Report on the lunatic asylums under the Government of Bombay - 1904-1913
Year: 1904
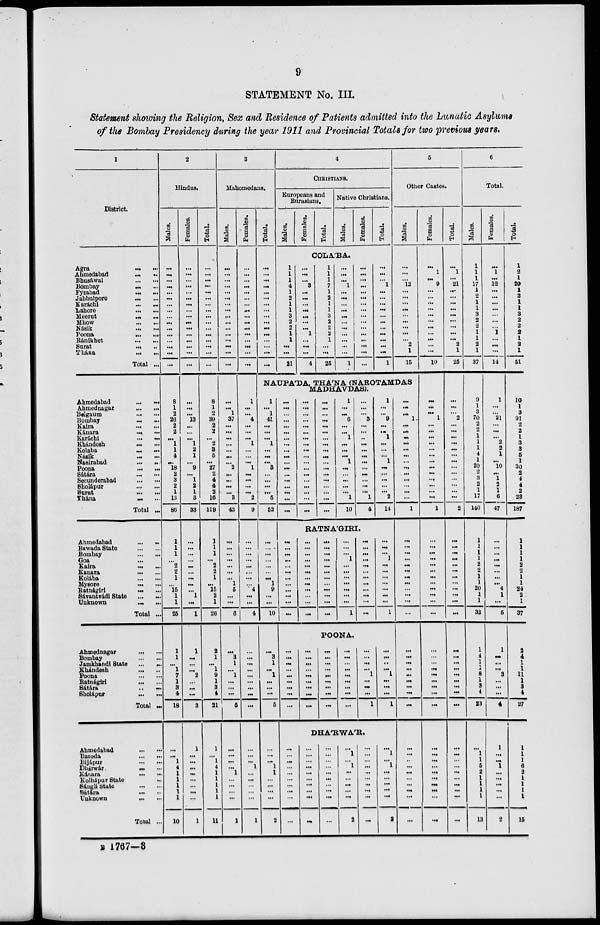
9
STATEMENT No. III.
Statement showing the Religion, Sex and Residence of Patients admitted into the Lunatic Asylums
of the Bombay Presidency during the year 1911 and Provincial Totals for two previous years.
1
District.
Agra
...
...
Ahmedabad
...
...
Bhusáwal ... ...
Bombay ... ...
Fyzabad ... ...
Jabbulpore ... ...
Karáchi ... ...
Lahore ... ...
Meerut
...
...
Mhow
...
...
Násik
...
...
Poona
...
...
Ránikhet
...
...
Surat
...
...
Thána
...
...
Total ...
Ahmedabad ... ...
Ahmednagar ... ...
Belgaum
...
...
Bombay
...
...
Kaira
...
...
Kánara ... ...
Karáchi ... ...
Khándesh ... ...
Kolaba ... ...
Násik
...
...
Nasirabad
...
...
Poona
...
...
Sátára
...
...
Secunderabad
...
...
Sholápur
...
...
Surat
...
...
Thána
...
...
Total ...
Ahmedabad ... ...
Bawada State
...
...
Bombay ... ...
Goa ... ...
Kaira
...
...
Kanara
...
...
Kolába
...
...
Mysore ... ...
Ratnágiri ... ...
Sávantvádi State
...
...
Unknown ... ...
Total ...
Ahmednagar ... ...
Bombay
...
...
Jamkhandi State ... ...
Khándesh ... ...
Poona
...
...
Ratnágiri
...
...
Sátára
...
...
Sholápur ... ...
Total ...
Ahmedabad
...
...
Baroda
...
...
Bijápur
...
...
Dhárwár
...
...
Kánara
...
...
Kolhápur State ... ...
Sángli State
...
...
Sátára ... ...
Unknown
...
...
Total ...
2
Hindus.
Males.
...
...
...
...
...
...
...
...
...
...
...
...
...
...
...
...
8
1
2
26
2
2
...
1
1
4
...
18
2
3
2
1
13
86
1
1
1
...
2
2
1
...
15
1
1
25
1
1
...
1
7
1
3
4
18
...
...
1
4
1
1
1
1
1
10
Females.
...
...
...
...
...
...
...
...
...
...
...
...
...
...
...
...
...
...
...
13
...
...
...
1
2
1
...
9
...
1
2
1
3
33
...
...
...
...
...
...
...
...
...
1
...
1
1
...
...
...
2
...
...
...
3
1
...
...
...
...
...
...
...
...
1
Total.
...
...
...
...
...
...
...
...
...
...
...
...
...
...
...
...
8
1
2
39
2
2
...
2
3
5
...
27
2
4
4
2
16
119
1
1
1
...
2
2
1
...
15
2
1
26
2
1
...
1
9
1
3
4
21
1
...
1
4
1
1
1
1
1
11
3
Mahomedans.
Males.
...
...
...
...
...
...
...
...
...
...
...
...
...
...
...
...
...
...
1
37
...
...
...
...
...
...
...
2
...
...
...
...
3
43
...
...
...
...
...
...
...
1
5
...
...
6
...
3
1
...
1
...
...
...
5
...
...
...
...
1
...
...
...
...
1
Females.
...
...
...
...
...
...
...
...
...
...
...
...
...
...
...
...
1
...
...
4
...
...
...
1
...
...
...
1
...
...
...
...
2
9
...
...
...
...
...
...
...
...
4
...
...
4
...
...
...
...
...
...
...
...
...
...
...
...
1
...
...
...
...
...
1
Total.
...
...
...
...
...
...
...
...
...
...
...
...
...
...
...
...
4
CHRISTIANS.
Europeans and
Eurasians.
Males.
Females.
Total.
Native Christians.
Males.
Females.
Total.
COLÁBA.
1
1
1
4
1
2
1
1
3
2
2
1
1
...
...
21
...
...
...
3
...
...
...
...
...
...
...
1
...
...
...
4
1
1
1
7
1
2
1
1
3
2
2
2
1
...
...
25
...
...
...
1
...
...
...
...
...
...
...
...
...
...
...
1
...
...
...
...
...
...
...
...
...
...
...
...
...
...
...
...
...
...
...
1
...
...
...
...
...
...
...
...
...
...
...
1
5
Other Castes.
Males.
...
...
...
12
...
...
...
...
...
...
...
...
...
2
1
15
NAUPÁDA, THÁNA (NAROTAMDAS
MADHAVDAS).
1
...
1
41
...
...
...
1
...
...
...
3
...
...
...
...
6
52
...
...
...
...
...
...
...
1
9
...
...
10
...
3
1
...
1
...
...
...
5
...
...
...
1
1
...
...
...
...
2
...
...
...
...
...
...
...
...
...
...
...
...
...
...
...
...
...
...
...
...
...
...
...
...
...
...
...
...
...
...
...
...
...
...
...
...
...
...
...
...
...
...
...
...
...
...
...
...
...
...
...
...
...
...
1
...
...
6
...
...
1
...
...
...
1
...
...
...
...
...
1
10
...
...
...
3
...
...
...
...
...
...
...
...
...
...
...
...
1
4
1
...
...
9
...
..
1
...
...
...
1
...
...
...
...
...
2
14
RATNÁGIRI.
...
...
...
...
...
...
...
...
...
...
...
...
...
...
...
...
...
...
...
...
...
...
...
...
...
...
...
...
...
...
...
...
...
...
...
...
...
...
...
1
...
...
...
...
...
...
...
1
...
...
...
...
...
...
...
...
...
...
...
...
...
...
...
1
...
...
...
...
...
...
...
1
POONA.
...
...
...
...
...
...
...
...
...
...
...
...
...
...
...
...
...
...
...
...
...
...
...
...
...
...
...
...
...
...
...
...
...
...
...
...
...
...
...
...
1
...
...
...
1
...
...
...
...
1
...
...
...
1
DHÁRWÁR.
...
...
...
...
...
...
...
...
...
...
...
...
...
...
...
...
...
...
...
...
...
...
...
...
...
...
...
...
...
...
...
1
...
1
...
...
...
...
...
2
...
...
...
...
...
...
...
...
...
...
...
1
...
1
...
...
...
...
...
2
...
...
...
1
...
...
...
...
...
...
...
...
...
...
...
...
...
1
...
...
...
...
...
...
...
...
...
...
...
...
...
...
...
...
...
...
...
...
...
...
...
...
...
...
...
...
...
...
...
Females.
...
1
...
9
...
...
...
...
...
...
...
...
...
...
...
10
...
...
...
1
...
...
...
...
...
...
...
...
...
...
...
...
...
1
...
...
...
...
...
...
...
...
...
...
...
...
...
...
...
...
...
...
...
...
...
...
...
...
...
...
...
...
...
...
...
Total.
...
1
...
21
...
...
...
...
...
...
...
...
...
2
1
25
...
...
...
2
...
...
...
...
...
...
...
...
...
...
...
...
...
2
...
...
...
...
...
...
...
...
...
...
...
...
...
...
...
...
...
...
...
...
...
...
...
...
...
...
...
...
...
...
...
6
Total.
Males.
1
1
1
17
1
2
1
1
3
2
2
1
1
2
1
37
9
1
3
70
2
2
1
1
1
4
1
20
2
3
2
1
17
140
1
1
1
1
2
2
1
1
20
1
1
32
1
4
1
1
8
1
3
4
23
...
1
1
5
2
1
1
1
1
13
Females.
...
1
...
12
...
...
...
...
...
...
...
1
...
...
...
14
1
...
...
21
...
...
...
2
2
1
...
10
...
1
2
1
6
47
...
...
...
...
...
...
...
...
4
1
...
5
1
...
...
...
3
...
...
...
4
1
...
...
1
...
...
...
...
...
2
Total.
1
2
1
29
1
2
1
1
3
2
2
2
1
2
1
51
10
1
3
91
2
2
1
3
3
5
1
30
2
4
4
2
23
187
1
1
1
1
2
2
1
1
24
2
1
37
2
4
1
1
11
1
3
4
27
1
1
1
6
2
1
1
1
1
15
B 1767—3